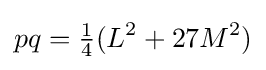
pq={\tfrac {1}{4}}(L^{2}+27M^{2})